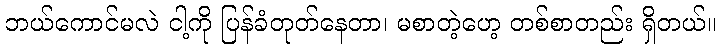
ဘယ်ကောင်မလဲ ငါ့ကို ပြန်ခံတုတ်နေတာ၊ မစာတဲ့ဟေ့ တစ်စာတည်း ရှိတယ်။